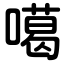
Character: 噶